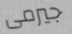
جيرمى